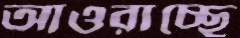
আওরাচ্ছে